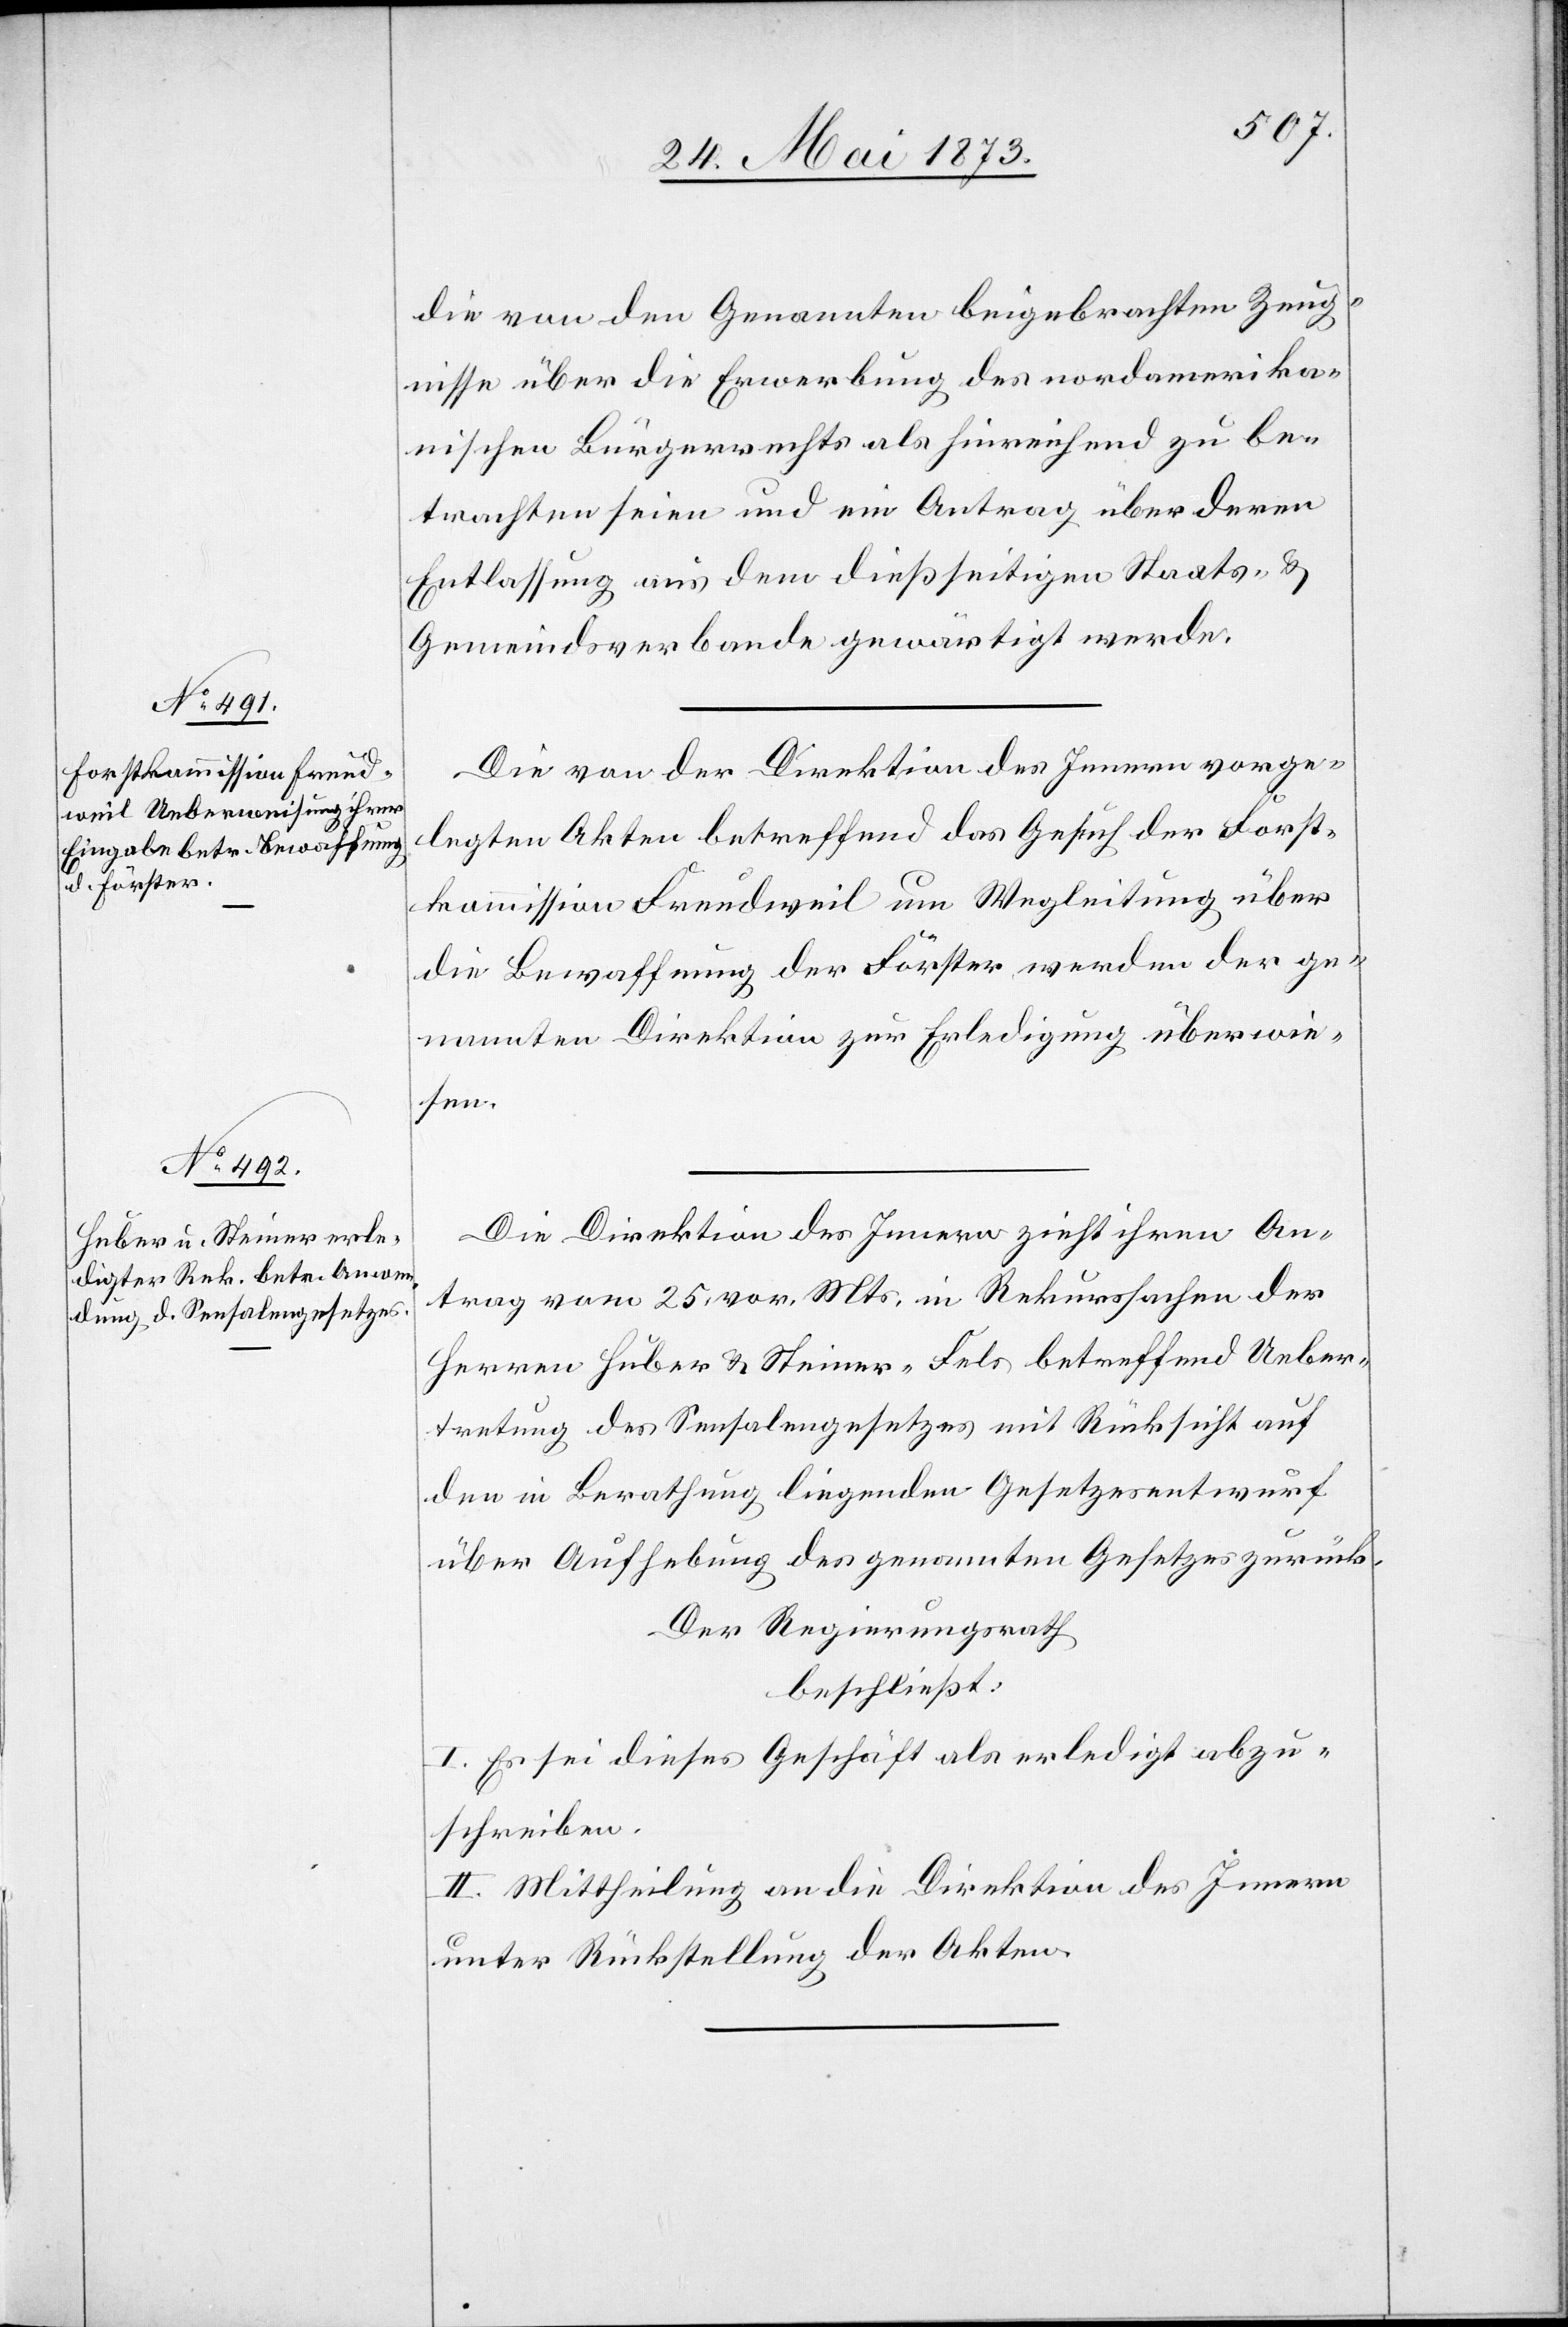
die von den Genannten beigebrachten Zeug¬
nisse über die Erwerbung des nordamerika¬
nischen Bürgerrechts als hinreichend zu be¬
trachten seien und ein Antrag über deren
Entlassung aus dem dießseitigen Staats- &
Gemeindsverbande gewärtigt werde.
Die von der Direktion des Innern vorge¬
legten Akten betreffend das Gesuch der Forst¬
kommission Freudweil um Wegleitung über
die Bewaffnung der Förster, werden der ge¬
nannten Direktion zur Erledigung überwie¬
sen.
Die Direktion des Innern zieht ihren An¬
trag vom 25. vor. Mts. in Rekurssachen der
Herren Huber & Steiner-Fels betreffend Ueber¬
tretung des Sensalengesetzes mit Rücksicht auf
den in Berathung liegenden Gesetzesentwurf
über Aufhebung des genannten Gesetzes zurück.
Der Regierungsrath
beschließt:
I. Es sei dieses Geschäft als erledigt abzu¬
schreiben.
II. Mittheilung an die Direktion des Innern
unter Rückstellung der Akten.